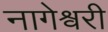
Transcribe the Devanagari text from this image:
नागेश्वरी